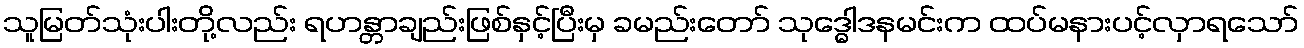
သူမြတ်သုံးပါးတို့လည်း ရဟန္တာချည်းဖြစ်နှင့်ပြီးမှ ခမည်းတော် သုဒ္ဓေါဒနမင်းက ထပ်မနားပင့်လှာရသော်